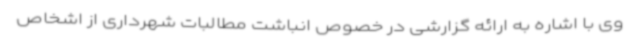
وی با اشاره به ارائه گزارشی در خصوص انباشت مطالبات شهرداری از اشخاص